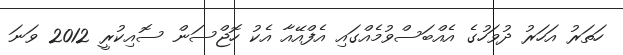
ހަތަރު އަހަރު ދުވަހުގެ އެއްބަސްވުމެއްގައި އެފްއޭއާ އެކު ހޮޖްސަން ސޮއިކުރީ 2012 ވަނަ